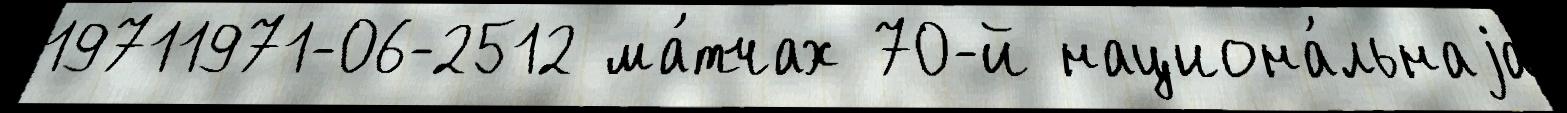
19711971-06-2512 ма́тчах 70-й национа́льнаjа